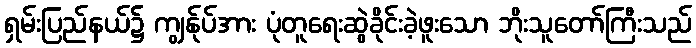
ရှမ်းပြည်နယ်၌ ကျွန်ုပ်အား ပုံတူရေးဆွဲခိုင်းခဲ့ဖူးသော ဘိုးသူတော်ကြီးသည်